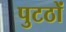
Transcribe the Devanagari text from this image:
पुटठों